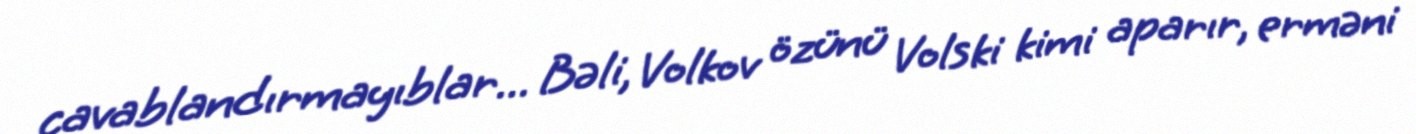
cavablandırmayıblar... Bəli, Volkov özünü Volski kimi aparır, erməni